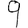
Digit: 9